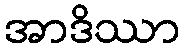
အာဒိဿာ